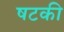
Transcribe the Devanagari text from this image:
षटकी